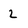
Character: 2